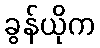
ခွန်ယိုက